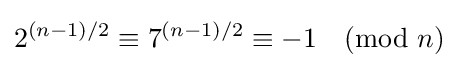
2^{(n-1)/2}\equiv 7^{(n-1)/2}\equiv -1{\pmod {n}}